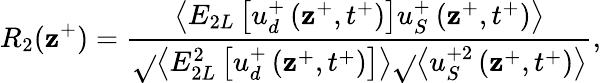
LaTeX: R_{2}(\mathbf{z}^{+})=\frac{{\left<E_{2L}\left[u_{d}^{+}\left(\mathbf{z}^{+},t^{+}\right)\right]u_{S}^{+}\left(\mathbf{z}^{+},t^{+}\right)\right>}}{{\sqrt{}{{\left<E_{2L}^{2}\left[u_{d}^{+}\left(\mathbf{z}^{+},t^{+}\right)\right]\right>}}\sqrt{}{{\left<u_{S}^{+2}\left(\mathbf{z}^{+},t^{+}\right)\right>}}}},